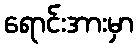
ရောင်းအားမှာ